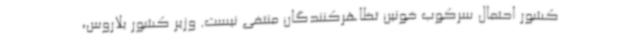
کشور احتمال سرکوب خونین تظاهرکنندگان منتفی نیست. وزیر کشور بلاروس،